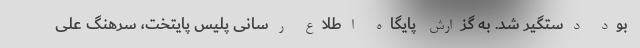
بود دستگیر شد. به گزارش پایگاه اطلاع رسانی پلیس پایتخت، سرهنگ علی